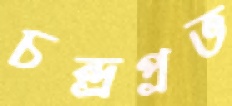
চন্দ্রপ্রভ